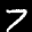
Label: 7